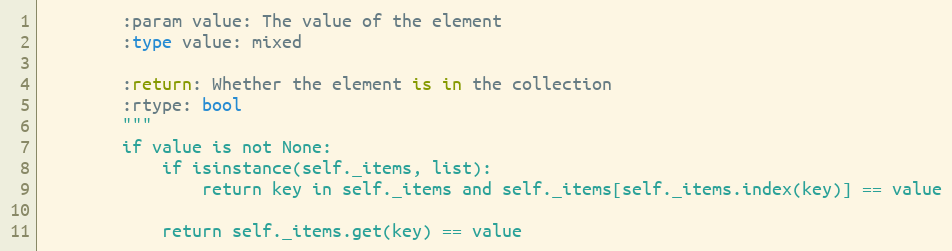
Language: Python
        :param value: The value of the element
        :type value: mixed

        :return: Whether the element is in the collection
        :rtype: bool
        """
        if value is not None:
            if isinstance(self._items, list):
                return key in self._items and self._items[self._items.index(key)] == value

            return self._items.get(key) == value